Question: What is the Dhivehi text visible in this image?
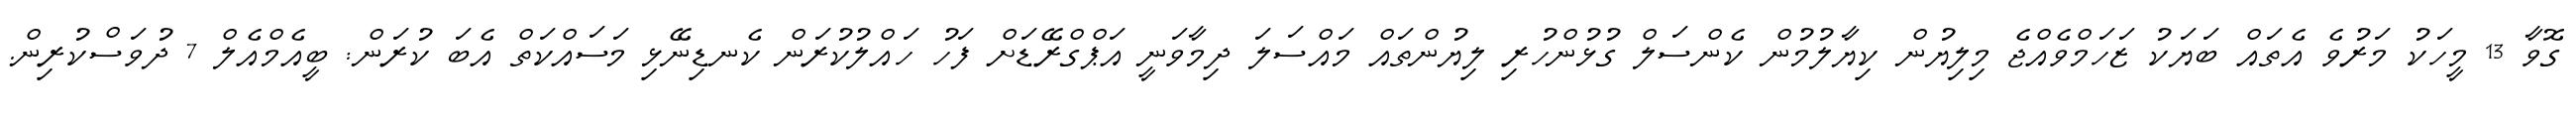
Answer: ގޮވާ 13 މީހަކު މަރުވެ އެތައް ބަޔަކު ޒަހަމްވެއްޖެ މިލިޔުން ކިޔާލުމުން ކެންސަލް ގުޅުންހުރި ލިޔުންތައް މައްސަލަ ދިމާވަނީ އަޕްގްރޭޑަށް ފަހު ހައްލުކުރަން ކެނޑިނޭޅި މަސައްކަތް އެބަ ކުރަން: ބީއެމްއެލް 7 ދުވަސްކުރިން.